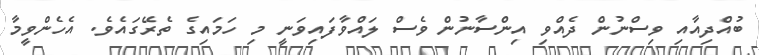
ބުއްދިއާއި ވިސްނުން ދެއްވި އިންސާނުން ވެސް ލައްވާފައިވަނީ މި ހަމައިގެ ތެރޭގައެވެ. އެހެންވީމާ